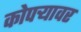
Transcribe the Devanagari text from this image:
कोपऱ्यावर